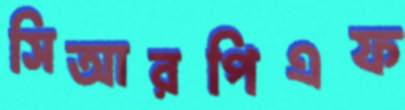
সিআরপিএফ